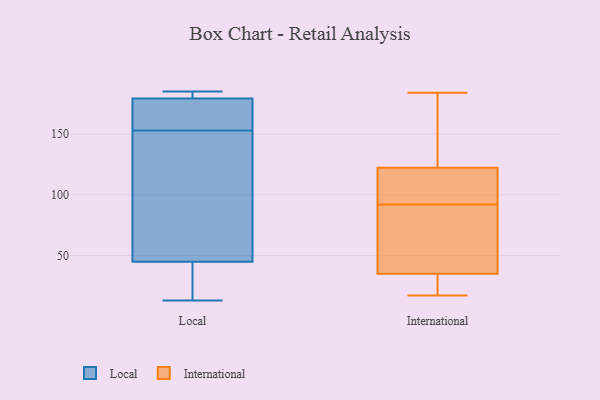
{"axis": {"x": "Population (Million)", "y": "Value"}, "legend": ["International", "Local"], "data": [{"x": "", "y": 185, "type": "Local"}, {"x": "", "y": 34, "type": "Local"}, {"x": "", "y": 153, "type": "Local"}, {"x": "", "y": 92, "type": "Local"}, {"x": "", "y": 182, "type": "Local"}, {"x": "", "y": 14, "type": "Local"}, {"x": "", "y": 171, "type": "Local"}, {"x": "", "y": 13, "type": "Local"}, {"x": "", "y": 77, "type": "Local"}, {"x": "", "y": 159, "type": "Local"}, {"x": "", "y": 182, "type": "Local"}, {"x": "", "y": 17, "type": "International"}, {"x": "", "y": 177, "type": "International"}, {"x": "", "y": 116, "type": "International"}, {"x": "", "y": 129, "type": "International"}, {"x": "", "y": 72, "type": "International"}, {"x": "", "y": 184, "type": "International"}, {"x": "", "y": 50, "type": "International"}, {"x": "", "y": 29, "type": "International"}, {"x": "", "y": 28, "type": "International"}, {"x": "", "y": 92, "type": "International"}, {"x": "", "y": 37, "type": "International"}, {"x": "", "y": 98, "type": "International"}, {"x": "", "y": 120, "type": "International"}]}